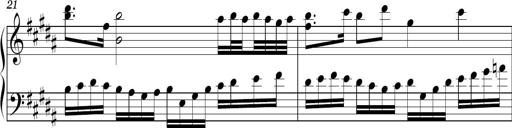
Title: Ten Piano Sonatinas
Composer: Andreas Sain